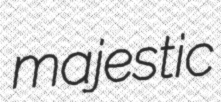
majestic